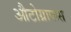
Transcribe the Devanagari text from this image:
औटोग्राफस